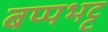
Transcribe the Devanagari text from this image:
बप्पभट्ट